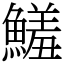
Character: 鱃